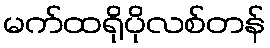
မက်ထရိုပိုလစ်တန်